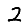
Digit: 2